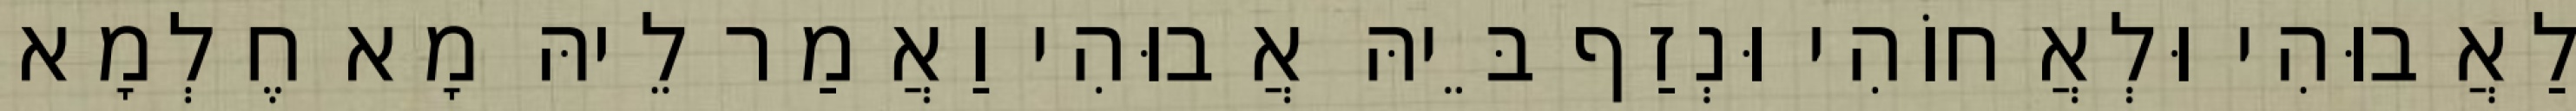
לַאֲבוּהִי וּלְאֲחוֹהִי וּנְזַף בֵּיהּ אֲבוּהִי וַאֲמַר לֵיהּ מָא חֶלְמָא